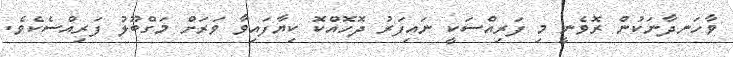
ވާހަނދާނަކުން ރޮވެނީ މި ފަރިއްސަކީ ނައިފަރު ދޮހޮއްކޮ ކިޔާފައިވާ ވަރަށް މަގްބޫލު ފަރިއްސެކެވެ.